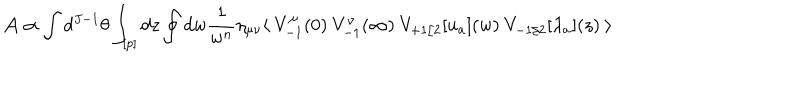
LaTeX: { \cal A } \propto \int d ^ { J - 1 } \theta \int _ { [ p ] } d z \oint d w \frac { 1 } { w ^ { n } } \eta _ { \mu \nu } \langle \ V _ { - 1 } ^ { \mu } ( 0 ) \ V _ { - 1 } ^ { \nu } ( \infty ) \ V _ { + 1 / 2 } [ u _ { a } ] ( w ) \ V _ { - 1 / 2 } [ \lambda _ { a } ] ( z ) \ \rangle